Indian journal of veterinary science and animal husbandry - Volume 7,
Year: 1937
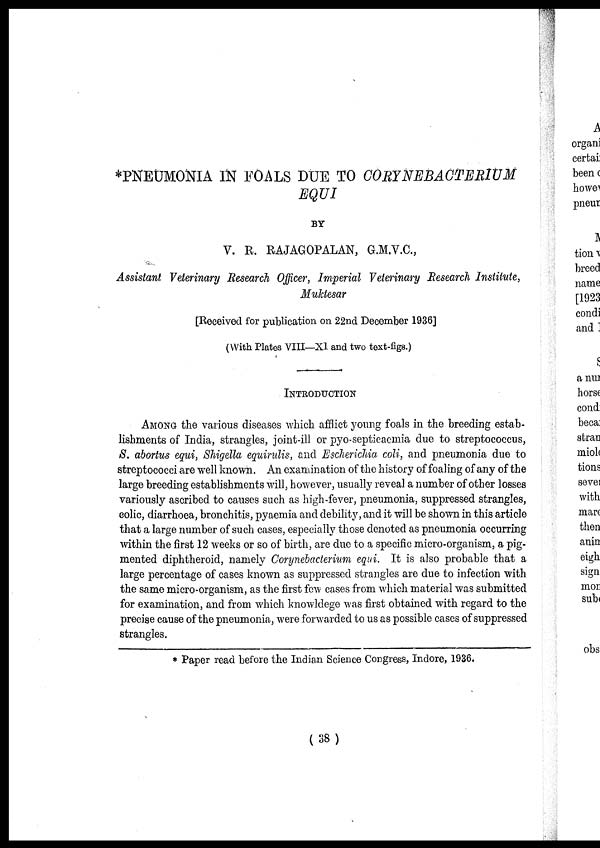
*PNEUMONIA IN FOALS DUE TO CORYNEBACTERIUM
EQUI
BY
V. R. RAJAGOPALAN, G.M.V.C.,
Assistant Veterinary Research Officer, Imperial Veterinary Research Institute,
Muktesar
[Received for publication on 22nd December 1936]
(With Plates VIII—XI and two text-figs.)
INTRODUCTION
AMONG the various diseases which afflict young foals in the breeding estab-
lishments of India, strangles, joint-ill or pyo-septicaemia due to streptococcus,
S. abortus equi, Shigella equirulis, and Escherichia coli, and pneumonia due to
streptococci are well known. An examination of the history of foaling of any of the
large breeding establishments will, however, usually reveal a number of other losses
variously ascribed to causes such as high-fever, pneumonia, suppressed strangles,
colic, diarrhoea, bronchitis, pyaemia and debility, and it will be shown in this article
that a large number of such cases, especially those denoted as pneumonia occurring
within the first 12 weeks or so of birth, are due to a specific micro-organism, a pig-
mented diphtheroid, namely Corynebacterium equi. It is also probable that a
large percentage of cases known as suppressed strangles are due to infection with
the same micro-organism, as the first few cases from which material was submitted
for examination, and from which knowldege was first obtained with regard to the
precise cause of the pneumonia, were forwarded to us as possible cases of suppressed
strangles.
* Paper read before the Indian Science Congress, Indore, 1936.
(38)